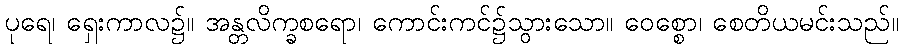
ပုရေ၊ ရှေးကာလ၌။ အန္တလိက္ခစရော၊ ကောင်းကင်၌သွားသော။ ဝေစ္စော၊ စေတိယမင်းသည်။